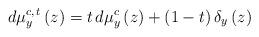
LaTeX: \begin{align*}d\mu_y^{c,\, t}\left( z\right) =t\, d\mu^c_y\left( z\right) +\left( 1-t\right) \delta_y\left( z\right) \end{align*}